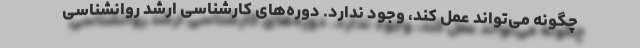
چگونه می‌تواند عمل کند، وجود ندارد. دوره‌های کارشناسی ارشد روانشناسی